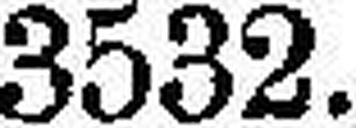
3532.